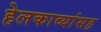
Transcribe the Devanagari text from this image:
हेलकाव्यांसह